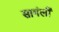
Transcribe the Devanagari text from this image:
सागंली